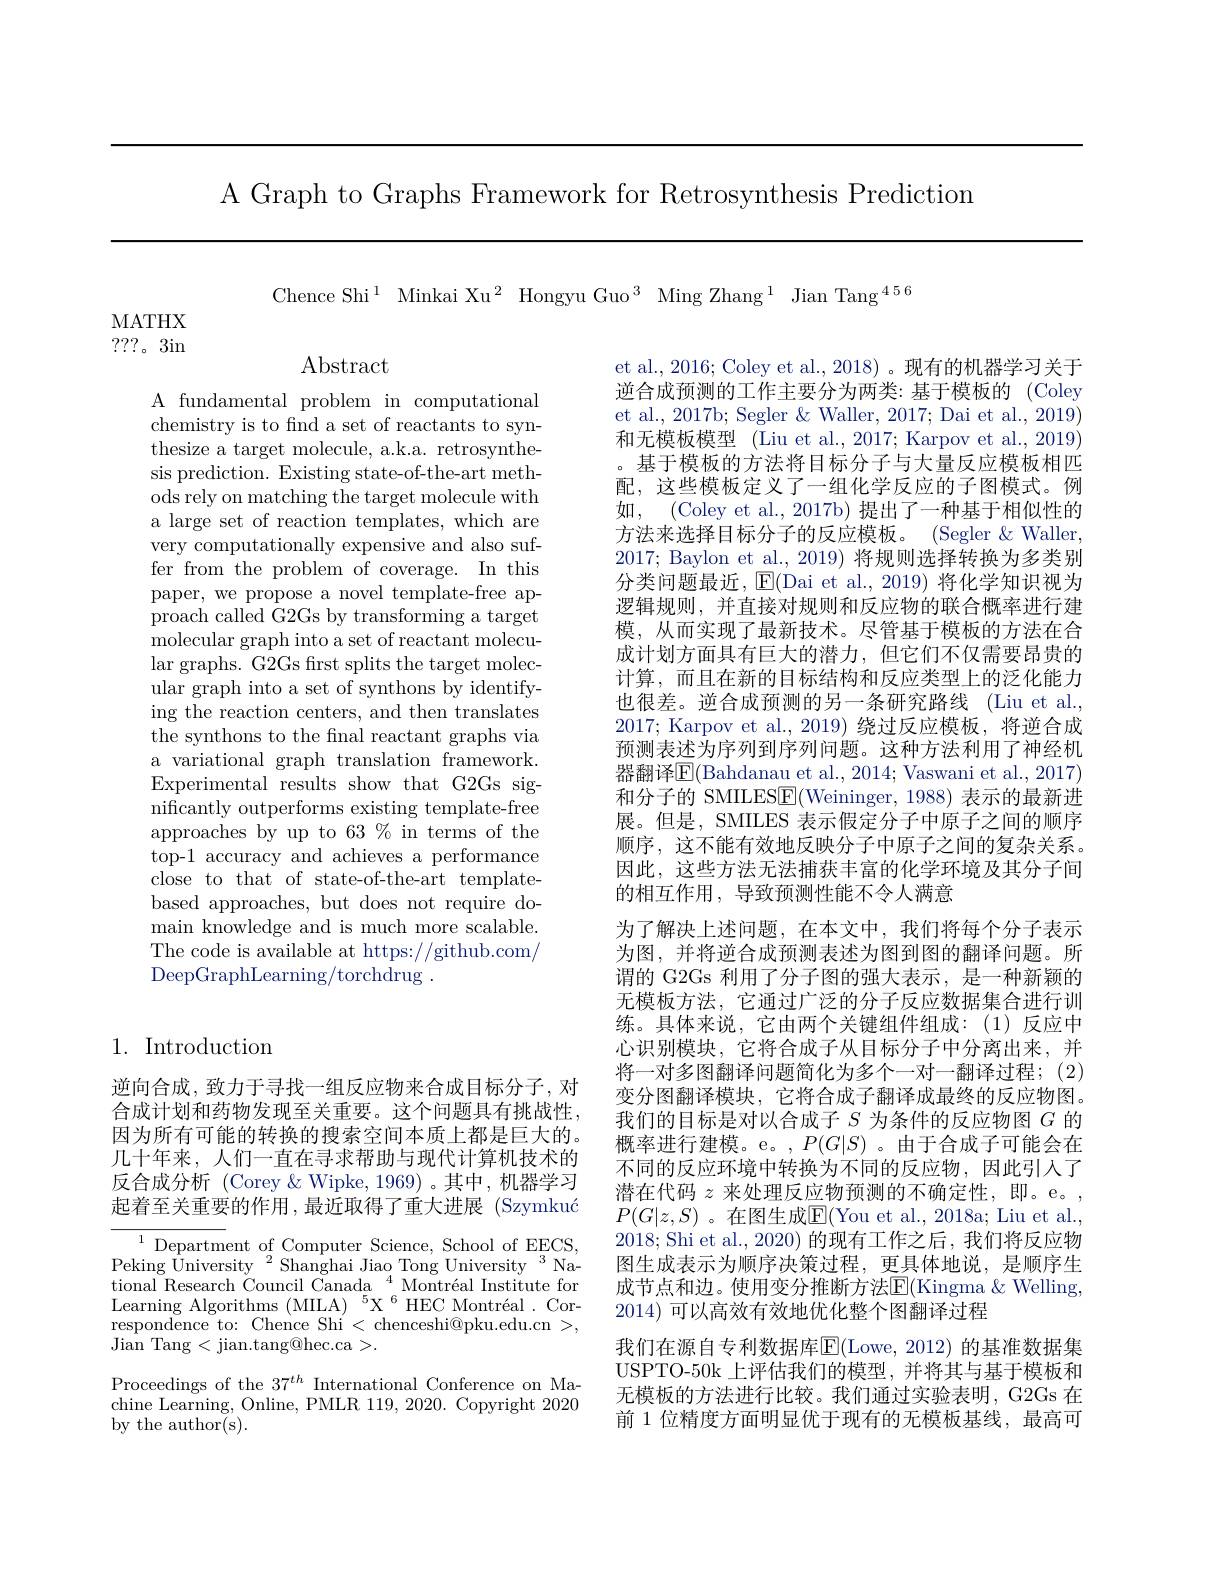
A Graph to Graphs Framework for Retrosynthesis Prediction

Chence Shi$^{1}$ Minkai Xu$^2$ Hongyu Guo$^3$ Ming Zhang$^1$ Jian Tang$^{456}$

MATHX ???。3in

# Abstract

A fundamental problem in computational chemistry is to find a set of reactants to synthesize a target molecule, a.k.a. retrosynthesis prediction. Existing state-of-the-art methods rely on matching the target molecule with a large set of reaction templates, which are very computationally expensive and also suffer from the problem of coverage. In this paper, we propose a novel template-free approach called G2Gs by transforming a target molecular graph into a set of reactant molecular graphs. G2Gs frst splits the target molecular graph into a set of synthons by identifying the reaction centers, and then translates the synthons to the final reactant graphs via a variational graph translation framework. Experimental results show that G2Gs significantly outperforms existing template-free approaches by up to 63 % in terms of the top-1 accuracy and achieves a performance close to that of state-of-the-art templatebased approaches, but does not require domain knowledge and is much more scalable. The code is available at https://github.com/ DeepGraphLearning/torchdrug .

et al., 2016; Coley et al., 2018) 。现有的机器学习关于逆合成预测的工作主要分为两类：基于模板的 (Coley et al., 2017b; Segler & Waller, 2017; Dai et al., 2019) 和无模板模型 (Liu et al., 2017; Karpov et al., 2019) 。基于模板的方法将目标分子与大量反应模板相匹配，这些模板定义了一组化学反应的子图模式。例如，(Coley et al., 2017b) 提出了一种基于相似性的方法来选择目标分子的反应模板。(Segler &Waller, 2017; Baylon et al., 2019) 将规则选择转换为多类别分类问题最近，$\operatorname{E}($Dai et al., 2019) 将化学知识视为逻辑规则，并直接对规则和反应物的联合概率进行建模，从而实现了最新技术。尽管基于模板的方法在合成计划方面具有巨大的潜力，但它们不仅需要昂贵的计算，而且在新的目标结构和反应类型上的泛化能力也很差。逆合成预测的另一条研究路线 (Liu et al., 2017; Karpov et al.,2019) 绕过反应模板，将逆合成预测表述为序列到序列问题。这种方法利用了神经机器翻译$\boxed{\mathrm{F}}($Bahdanau et al., 2014; Vaswani et al., 2017) 和分子的 SMILES$\underline{\mathrm{F}}($Weininger,1988) 表示的最新进展。但是，SMILES 表示假定分子中原子之间的顺序顺序，这不能有效地反映分子中原子之间的复杂关系。因此，这些方法无法捕获丰富的化学环境及其分子间的相互作用，导致预测性能不令人满意
为了解决上述问题，在本文中，我们将每个分子表示为图，并将逆合成预测表述为图到图的翻译问题。所谓的 G2Gs 利用了分子图的强大表示，是一种新颖的无模板方法，它通过广泛的分子反应数据集合进行训练。具体来说，它由两个关键组件组成：(1)反应中心识别模块，它将合成子从目标分子中分离出来，并将一对多图翻译问题简化为多个一对一翻译过程；(2) 变分图翻译模块，它将合成子翻译成最终的反应物图。我们的目标是对以合成子$S$为条件的反应物图$G$的概率进行建模。e。,$P(G|S)$。由于合成子可能会在不同的反应环境中转换为不同的反应物，因此引人了潜在代码$z$来处理反应物预测的不确定性，即。e。, $P(G|z,S)$ 。在图生成$\overline\text{E}($You et al., 2018a; Liu et al., 2018;Shi et al., 2020) 的现有工作之后，我们将反应物图生成表示为顺序决策过程，更具体地说，是顺序生成节点和边。使用变分推断方法$\mathbb{E}($Kingma $\&$ Welling, 2014)可以高效有效地优化整个图翻译过程
我们在源自专利数据库$\operatorname{\overline{E}}($Lowe,2012) 的基准数据集USPTO-50k 上评估我们的模型，并将其与基于模板和无模板的方法进行比较。我们通过实验表明，G2Gs 在前 1 位精度方面明显优于现有的无模板基线，最高可

## 1. Introduction

逆向合成，致力于寻找一组反应物来合成目标分子，对合成计划和药物发现至关重要。这个问题具有挑战性， 因为所有可能的转换的搜索空间本质上都是巨大的。几十年来，人们一直在寻求帮助与现代计算机技术的反合成分析 (Corey &Wipke, 1969)。其中，机器学习起着至关重要的作用，最近取得了重大进展(Szymku$\'{c}$

${}^{1}{\mathrm{~Department~of~Computer~Science,~School~of~EECS,}}$ Peking University$^{2}$Shanghai Jiao Tong University$^{3}$National Research Council Canada $^{4}$Montréal Institute for Learning Algorithms (MILA$) ^5\mathrm{X} ^6$HEC Montréal. Correspondence to: Chence Shi < chenceshi@pku.edu.cn >, $\bar{\text{Jian Tang}}<$jian.tang@hec.ca>.
Proceedings of the $37^{th}$ International Conference on Machine Learning, Online, PMLR 119, 2020. Copyright 2020 by the author(s).